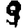
Digit: 9